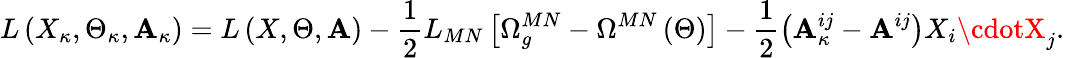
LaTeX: L\left(X_{\kappa},\Theta_{\kappa},\mathbf{A}_{\kappa}\right)=L\left(X,\Theta,\mathbf{A}\right)-\frac{1}{2}L_{MN}\left[\Omega_{g}^{MN}-\Omega^{MN}\left(\Theta\right)\right]-\frac{1}{2}\left(\mathbf{A}_{\kappa}^{ij}-\mathbf{A}^{ij}\right)X_{i}\cdotX_{j}.